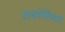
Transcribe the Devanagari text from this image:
टायरोलियन